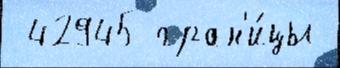
 42945 гран'и́цы